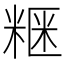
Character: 𥺫